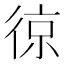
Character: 𭛵